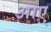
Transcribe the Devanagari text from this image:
अाए